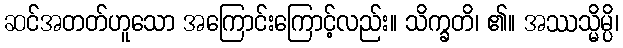
ဆင်အတတ်ဟူသော အကြောင်းကြောင့်လည်း။ သိက္ခတိ၊ ၏။ အဿသ္မိမ္ပိ၊